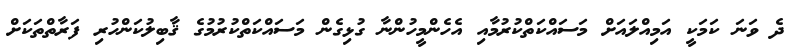
ދެ ވަނަ ކަމަކީ އަމިއްލައަށް މަސައްކަތްކުރުމާއި އެހެންމީހުންނާ ގުޅިގެން މަސައްކަތްކުރުމުގެ ޤާބިލުކަންހުރި ފަރާތްތަކަށް